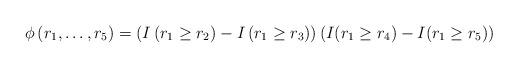
LaTeX: \begin{align*}\phi \left(r_1, \dots, r_5\right) =\left(I \left(r_1 \geq r_2\right) - I\left(r_1 \geq r_3\right) \right)\left(I(r_1 \geq r_4) - I(r_1 \geq r_5)\right)\end{align*}